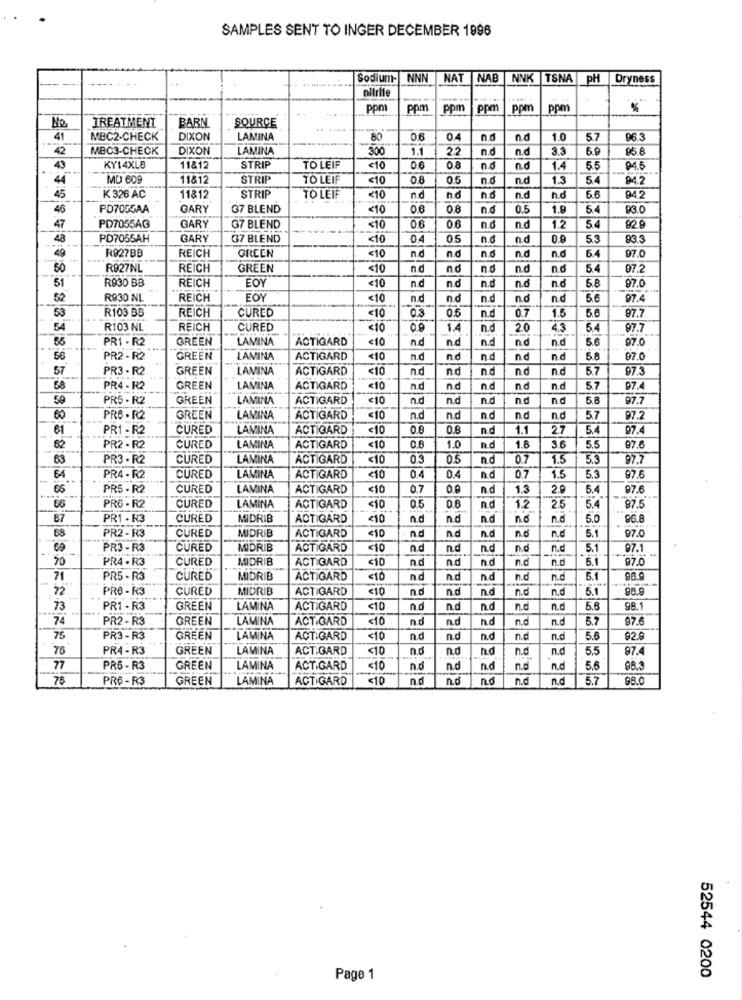
SAMPLES SENT TO INGER DECEMBER 1996
Sodium-
NNN
NAT
NAB
NNK TSNA
PH Dryness
nitrite
ppm
ppm
ppm
ppm
ppm
ppm
%
TREATMENT
SOURCE
BARN
41
MBC2.CHECK
DIXON
LAMINA
80
0.6
0
nd
n.d
1.0
57
96.3
42
MBC3-CHECK
DIXON
LAMINA
300
1.1
22
n.d
n.d
3.3
95.8
43
KY14XLB
11812
STRIP
TO LEIF
<10
0.8
n.d
n.d
1.4
5
94.5
44
MD 609
11&12
STRIP
TO LEIF
<10
08
0.5
n.d
n.d
1.3
54
94.2
5.6
45
K 326 AC
11&12
STRIP
TO LEIF
₹10
n.d
n.d
n.d
h.o
942
46
PD7055AA
GARY
37 BLEND
<10
0.6
08
n.d
0.5
1.9
83 0
47
PD7055AG
GARY
G7 BLEND
<10
0.6
0.6
n.d
n.d
12
54
48
PD7055AH
GARY
37 BLEND
<10
04
0.5
n.d
n.d
0.9
53
93.3
n.d
n.o
n.d
n.d
6.4
97.0
49
R927BB
REICH
GREEN
<10
50
R927NL
REICH
GREEN
<10
nd
nd
n.d
n.d
n.d
54
07.2
R930 BB
EOY
n.d
n.d
n.d
n.d
97.0
51
REICH
<10
n.d
5.8
52
R930 NL
REICH
EOY
<10
n.d
n.d
n.d
n.d
5.6
97.4
53
R103 BB
REICH
CURED
0.7
1.5
<10
0.3
0.5
n.d
5.6
97.7
54
R103 NL
REICH
CURED
<10
1.4
n.d
20
4.3
97.7
PR1 - R2
GREEN
LAMINA
ACTIGARD
€10
n.d
nd
n.d
n.d
n.d
5.6
97.0
56
PR2 - R2
GREEN
LAMINA
ACTIGARD
<10
n.d
nd
nd
n.d
n.d
5.8
97.0
57
PR3 - R2
GREEN
LAMINA
ACTIGARD
<10
nd
nd
n.d
nd
n.d
57
67.3
68
PR4 - R2
GREEN
LAMINA
ACTIGARD
<10
nd
nc
n.d
nd
n.d
5.7
97.4
59
PR5 - R2
GREEN
LAMINA
ACTIGARD
€10
n.d
n.d
n.d
n.d
5.8
97.7
60
PRO . R2
GREEN
LAMINA
ACTIGARD
<10
n.d
n.d
n.d
n.d
n.d
5.7
97.2
61
PR1 - R2
CURED
LAMINA
ACTIGARD
<10
0.8
n.d
1.1
2.7
07.4
62
PR2 - R2
CURED
LAMINA
ACTIGARD
<10
0.6
1.0
n.d
1.8
3.6
5.5
97.6
63
PR3 - R2
CURED
LAMINA
ACTIGARD
<10
0.3
nd
07
1.5
5.3
97.7
64
PR4 - R2
CURED
LAMINA
ACTIGARD
<10
4
0.4
n.d
07
1.5
5.3
97.6
65
PR5 - R2
CURED
LAMINA
ACTIGARD
<10
0.7
n.d
1.3
20
5.4
97.6
66
PR6 - R2
CURED
LAMINA
ACTIGARD
<10
0.5
0.6
n.d
1.2
25
5.4
97.5
67
PR1 - R3
CURED
MIDRIB
ACTIGARD
<10
nd
n.d
n.d
nd
n.d
5.0
96.8
nd
nd
n.d
n.d
5.
97.
68
PR2 - R3
CURED
MIDRIB
ACTIGARD
<10
n.d
69
PR3 - R3
CURED
MIDRIB
ACTIGARD
<10
n.d
nd
n.d
n.d
n.c
5.
97.1
50
PR4 - R3
CURED
MIDRIB
ACTIGARD
n.d
n.d
nd
n.d
n.d
5.1
97.0
71
PR5 - R3
CURED
MIDRIB
ACTIGARD
<10
nd
n.d
nd
n.d
n.d
5.1
90.9
72
PRB - R3
CURED
MIDRIB
ACTIGARD
<10
n.d
n.d
n.d
n.d
n.d
5.1
98.9
73
PR1 - R3
GREEN
LAMINA
ACTIGARD
<10
n.d
n.d
n.d
n.d
5.6
98.1
74
PR2 - R3
GREEN
LAMINA
ACT GARD
<10
nd
n.d
n.d
n.d
n.d
97.6
75
PR3 - R3
GREEN
LAMINA
ACT GARD
<10
n.d
n.c
n.d
n.d
n.d
56
76
PR4 - R3
GREEN
LAMINA
ACT GARD
<10
no
n.d
n.d
n.d
n.d
55
87.
77
PR5 - R3
GREEN
LAMINA
ACTIGARD
<10
no
n.d
n.d
n.d
n.d
5.6
98.3
78
PR6- R3
GREEN
LAMINA
ACTIGARD
<10
nd
n.d
no
n.c
n.d
5.7
98.0
52544 0200
Page 1